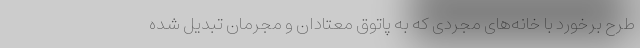
طرح برخورد با خانه‌های مجردی که به پاتوق معتادان و مجرمان تبدیل شده